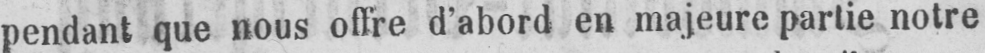
pendant que nous offre d’abord en majeure partie notre